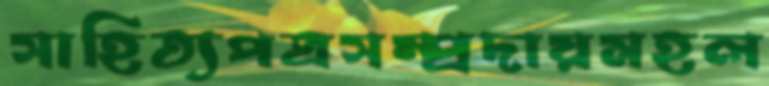
সাহিত্যপত্রসম্প্রদায়মহল